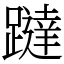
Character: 躂